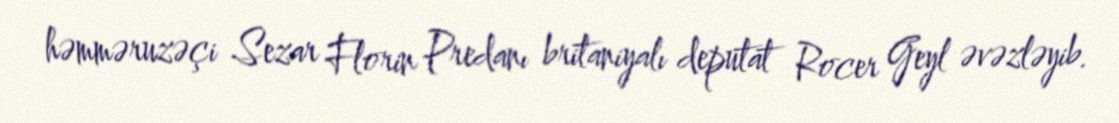
həmməruzəçi Sezar Florin Predanı britaniyalı deputat Rocer Geyl əvəzləyib.